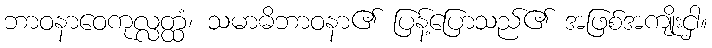
ဘာဝနာဝေကုလ္လတ္ထံ၊ သမာဓိဘာဝနာ၏ ပြန့်ပြောသည်၏ အဖြစ်အကျိုးငှါ။